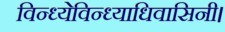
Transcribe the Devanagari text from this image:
विन्ध्येविन्ध्याधिवासिनी।